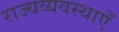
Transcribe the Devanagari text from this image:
राज्यव्यवस्थाएँ